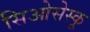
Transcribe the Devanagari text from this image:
सिओसेस्कू